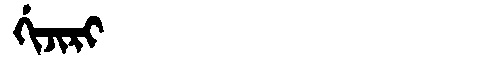
Manchu: ᡤᡳᠵᡳᡵᡳ
Romanization: GIJIRI